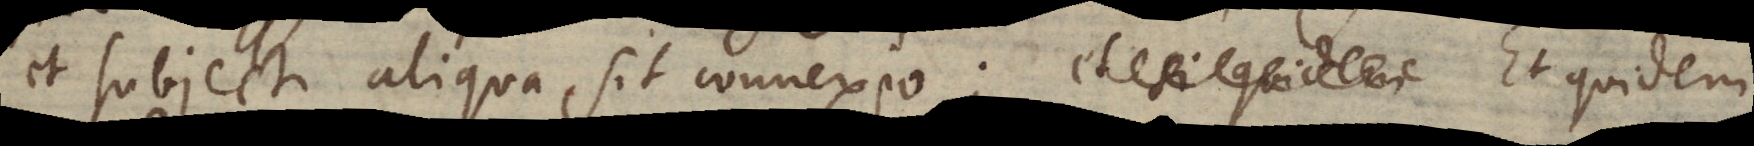
et subjecti aliqua sit connexio. Et quidem